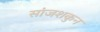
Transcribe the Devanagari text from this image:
सांजशकुन